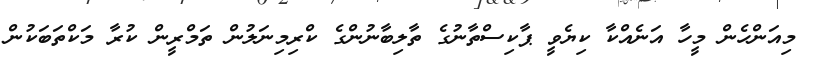
މިއަންހެން މީހާ އަނެއްކާ ކިޔެވީ ޕާކިސްތާނުގެ ތާލިބާނުންގެ ކްރިމިނަލުން ތަމްރީން ކުރާ މަކްތަބަކުން